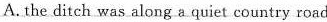
A.the ditch was along a quiet country road